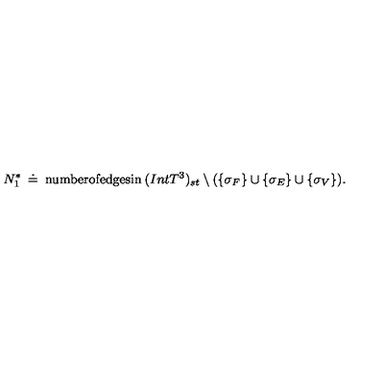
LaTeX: N _ { 1 } ^ { * } \: \doteq \: \mathrm { n u m b e r o f e d g e s i n } \: ( I n t T ^ { 3 } ) _ { s t } \setminus ( \{ \sigma _ { F } \} \cup \{ \sigma _ { E } \} \cup \{ \sigma _ { V } \} ) .